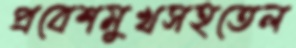
প্রবেশমুখসহতেল